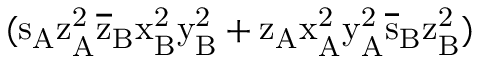
( \mathrm { s _ { A } \mathrm { z _ { A } ^ { 2 } \mathrm { \overline { { z } } _ { B } \mathrm { x _ { B } ^ { 2 } \mathrm { y _ { B } ^ { 2 } + \mathrm { z _ { A } \mathrm { x _ { A } ^ { 2 } \mathrm { y _ { A } ^ { 2 } \mathrm { \overline { { s } } _ { B } \mathrm { z _ { B } ^ { 2 } ) } } } } } } } } } }